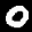
Label: 0